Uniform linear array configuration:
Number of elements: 32
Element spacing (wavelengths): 0.75
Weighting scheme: kaiser
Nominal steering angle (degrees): -60
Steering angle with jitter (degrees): -59.604
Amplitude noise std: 0.05
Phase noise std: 0.05

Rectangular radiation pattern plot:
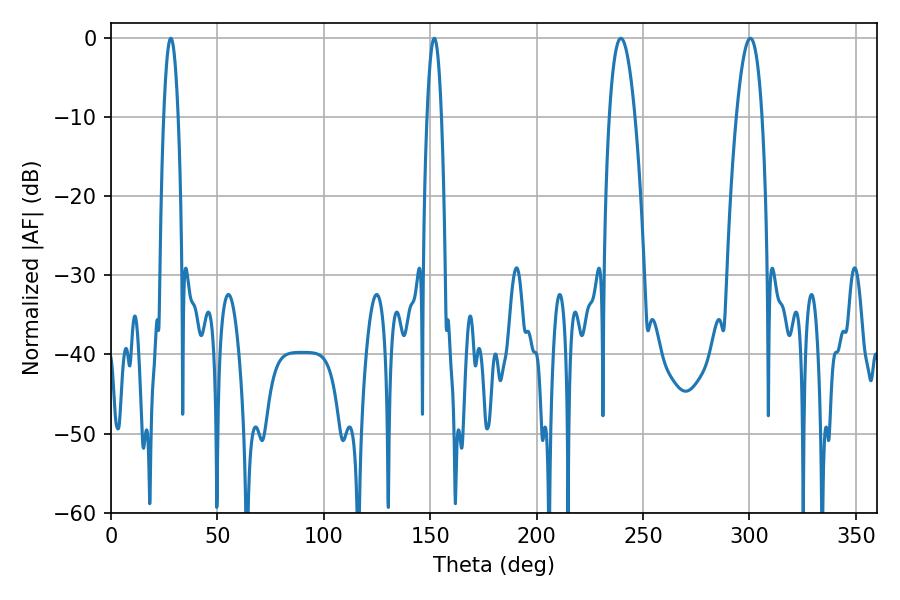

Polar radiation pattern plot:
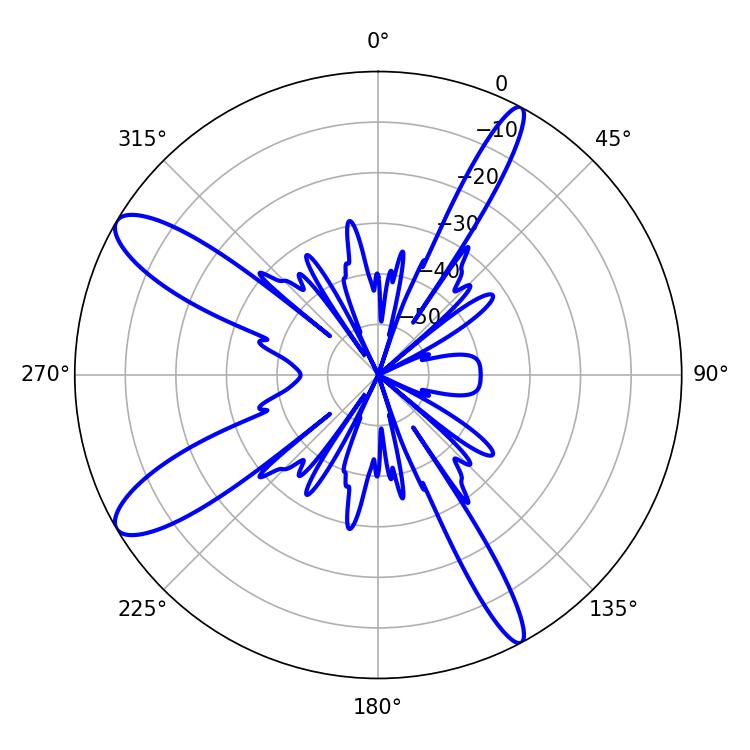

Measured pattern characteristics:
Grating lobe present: TRUE
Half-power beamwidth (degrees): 6.48
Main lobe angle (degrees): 239.58